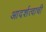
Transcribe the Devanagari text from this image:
आदर्शत्वाची